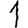
Digit: 1